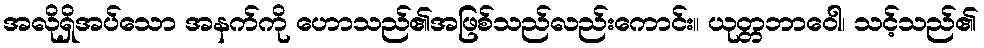
အလိုရှိအပ်သော အနက်ကို ဟောသည်၏အဖြစ်သည်လည်းကောင်း။ ယုတ္တဘာဝေါ၊ သင့်သည်၏